Leprosy in India: report of the Leprosy Commission in India, 1890-91
Year: 1890
Disease focus: Leprosy
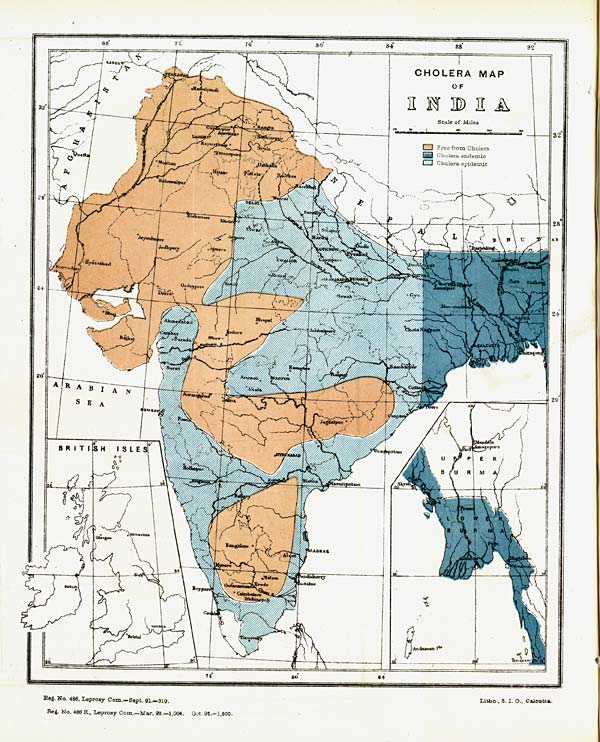
Reg. No. 486, Leprosy Com.—Sept. 91.—310.
Reg. No. 488 R., Leprosy Com.—Mar. 92.—1,004. Oct. 92.-1,000.
Litho., S. I. O., Calcutta.